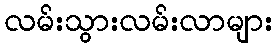
လမ်းသွားလမ်းလာများ